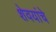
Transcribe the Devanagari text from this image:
शेवयांचे